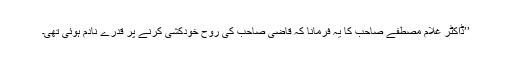
’’ڈاکٹر غلام مصطفےٰ صاحب کا یہ فرمانا کہ قاضی صاحب کی روح خودکشی کرنے پر قدرے نادم ہوئی تھی۔